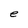
Character: e